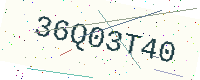
Text: 36Q03T40